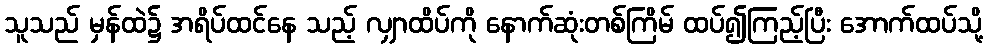
သူသည် မှန်ထဲ၌ အရိပ်ထင်နေ သည့် လျှာထိပ်ကို နောက်ဆုံးတစ်ကြိမ် ထပ်၍ကြည့်ပြီး အောက်ထပ်သို့